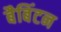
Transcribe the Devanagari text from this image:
बैबिंटन